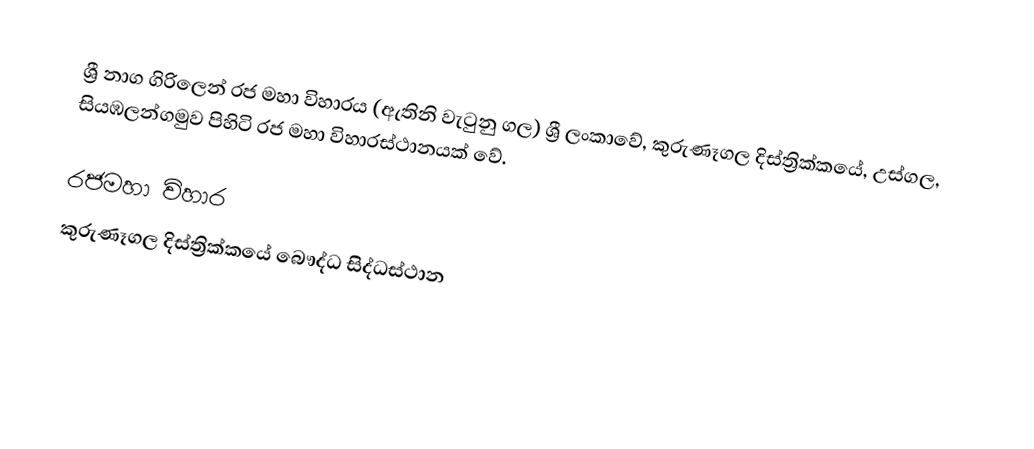
ශ්‍රී නාග ගිරිලෙන් රජ මහා විහාරය (ඇතිනි වැටුනු ගල) ශ්‍රී ලංකාවේ, කුරුණෑගල දිස්ත්‍රික්කයේ, උස්ගල, සියඹලන්ගමුව පිහිටි රජ මහා විහාරස්ථානයක් වේ.

රජමහා විහාර
කුරුණෑගල දිස්ත්‍රික්කයේ බෞද්ධ සිද්ධස්ථාන‎